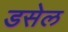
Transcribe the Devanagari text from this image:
डसेल